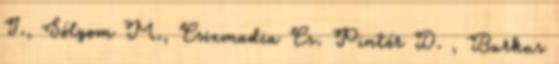
I., Sólyom M., Csizmadia Cs. Pintér D. , Burkus